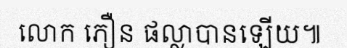
លោក ភឿន ផល្លាបានឡើយ៕